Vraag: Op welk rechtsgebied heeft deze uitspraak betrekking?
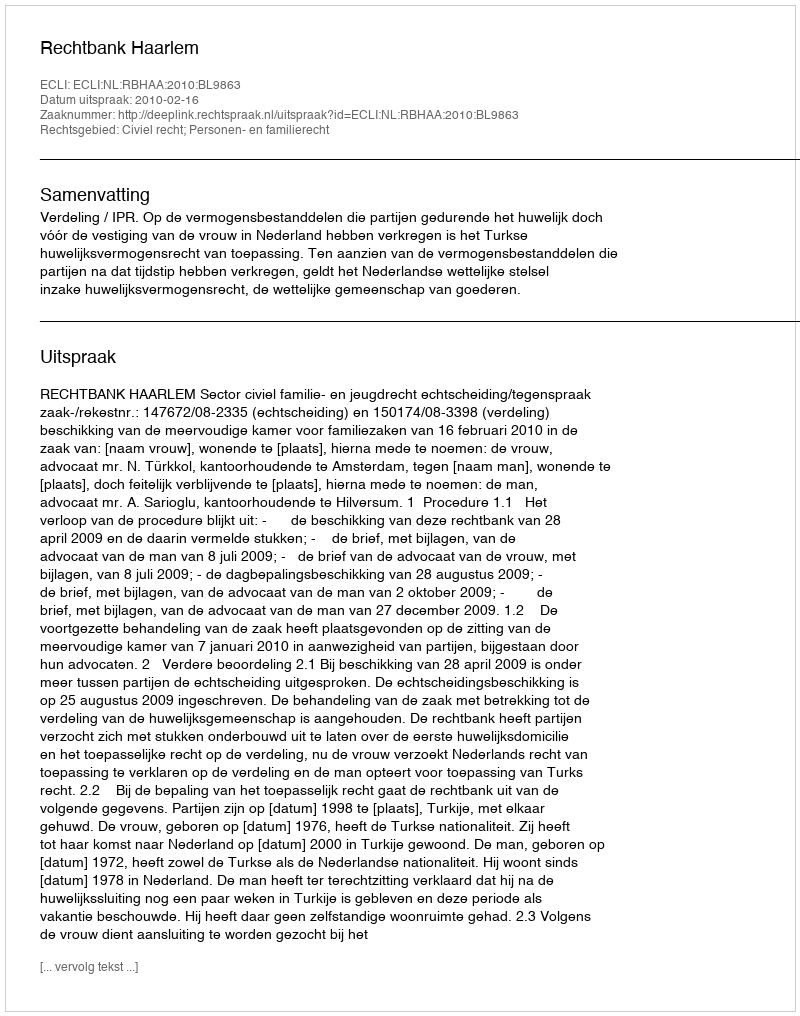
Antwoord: Civiel recht; Personen- en familierecht